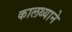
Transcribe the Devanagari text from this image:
कालथ्याने